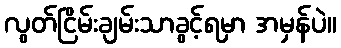
လွတ်ငြိမ်းချမ်းသာခွင့်ရမှာ အမှန်ပဲ။